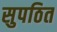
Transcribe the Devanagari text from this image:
सुपठित